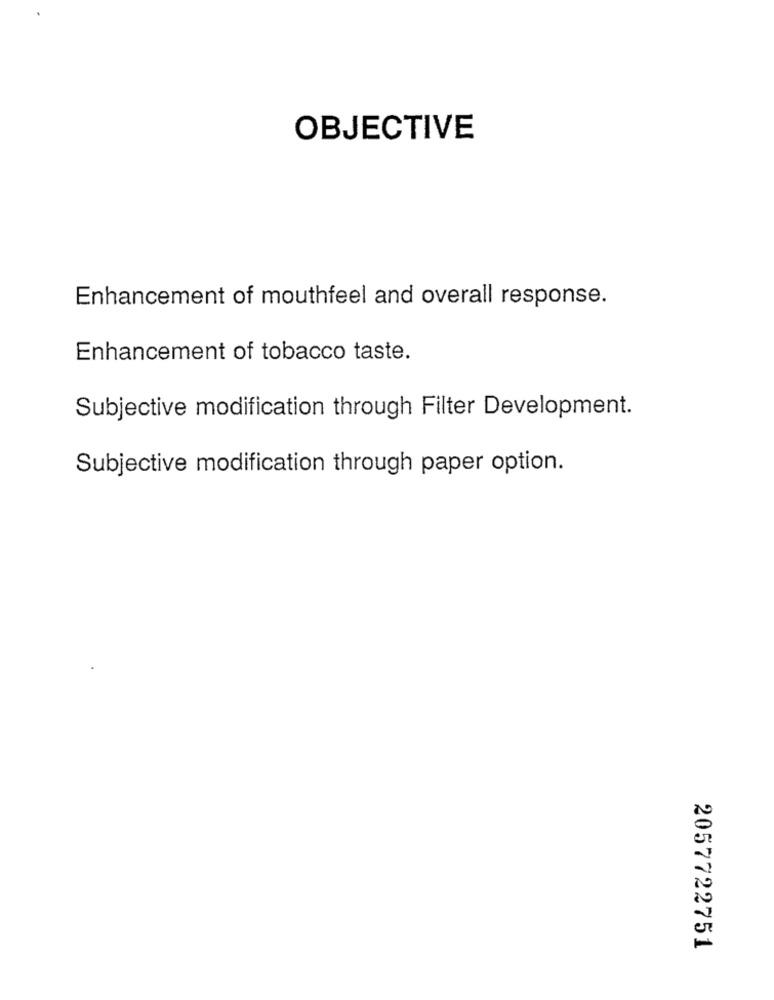
OBJECTIVE
Enhancement of mouthfeel and overall response.
Enhancement of tobacco taste.
Subjective modification through Filter Development.
Subjective modification through paper option.
2057722751